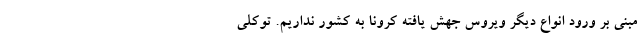
مبنی بر ورود انواع دیگر ویروس جهش یافته کرونا به کشور نداریم. توکلی